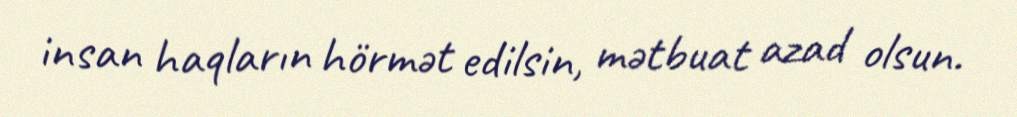
insan haqların hörmət edilsin, mətbuat azad olsun.